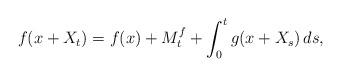
LaTeX: \begin{align*}f(x+X_t)=f(x)+M^f_t+\int_0^t g(x+X_s)\, ds,\end{align*}